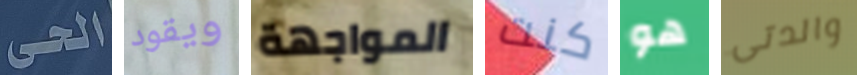
الحى ويقود المواجهة كنت هو والدتى